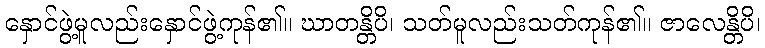
နှောင်ဖွဲ့မူလည်းနှောင်ဖွဲ့ကုန်၏။ ဃာတန္တိပိ၊ သတ်မူလည်းသတ်ကုန်၏။ ဇာလေန္တိပိ၊